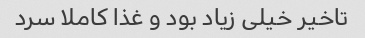
تاخیر خیلی زیاد بود و غذا کاملا سرد